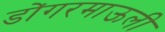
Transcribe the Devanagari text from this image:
डोंगरमाऊली